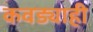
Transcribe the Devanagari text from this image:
कवड्याही